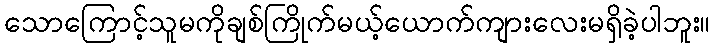
သောကြောင့်သူမကိုချစ်ကြိုက်မယ့်ယောက်ကျားလေးမရှိခဲ့ပါဘူး။